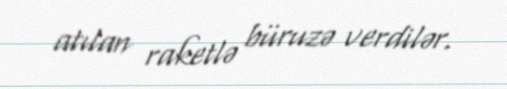
atılan raketlə büruzə verdilər.